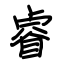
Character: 睿